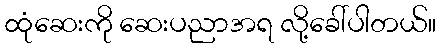
ထုံဆေးကို ဆေးပညာအရ လို့ခေါ်ပါတယ်။